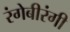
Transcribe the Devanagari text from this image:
रंगेबीरंगी